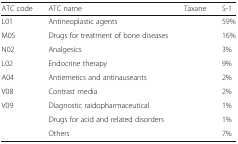
<table><thead><tr><td><b>ATC code</b></td><td><b>ATC name</b></td><td><b>Taxane</b></td><td><b>S-1</b></td></tr></thead><tbody><tr><td>L01</td><td>Antineoplastic agents</td><td>[EMPTY_CELL]</td><td>59%</td></tr><tr><td>M05</td><td>Drugs for treatment of bone diseases</td><td>[EMPTY_CELL]</td><td>16%</td></tr><tr><td>N02</td><td>Analgesics</td><td>[EMPTY_CELL]</td><td>3%</td></tr><tr><td>L02</td><td>Endocrine therapy</td><td>[EMPTY_CELL]</td><td>9%</td></tr><tr><td>A04</td><td>Antiemetics and antinauseants</td><td>[EMPTY_CELL]</td><td>2%</td></tr><tr><td>V08</td><td>Contrast media</td><td>[EMPTY_CELL]</td><td>2%</td></tr><tr><td>V09</td><td>Diagnostic raidopharmaceutical</td><td>[EMPTY_CELL]</td><td>1%</td></tr><tr><td>[EMPTY_CELL]</td><td>Drugs for acid and related disorders</td><td>[EMPTY_CELL]</td><td>1%</td></tr><tr><td>[EMPTY_CELL]</td><td>Others</td><td>[EMPTY_CELL]</td><td>7%</td></tr></tbody></table>